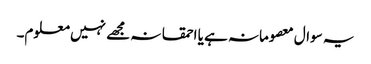
یہ سوال معصومانہ ہے یا احمقانہ مجھے نہیں معلوم۔